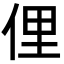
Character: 俚